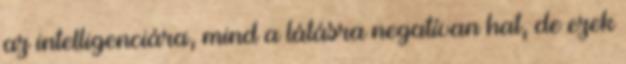
az intelligenciára, mind a látásra negatívan hat, de ezek